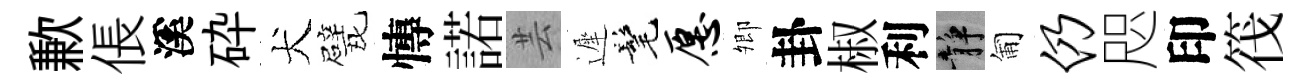
歉倀溪砕犬戏慱諾芸遲髦愿𡖖卦椒利静匍仍咫印筏